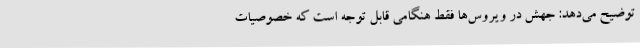
توضیح می‌دهد: جهش در ویروس‌ها فقط هنگامی قابل توجه است که خصوصیات